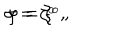
\sigma = \zeta ^ { _ 0 } \, , \hspace { 1 c m } \varphi = \xi ^ { _ 0 } \, ,